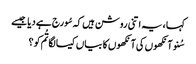
کہا ، یہ اتنی روشن ہیں کہ سُورج ہے دیا جیسے
سُنو آنکھوں کی آنکھوں کا بیاں کیسا لگا تُم کو ؟